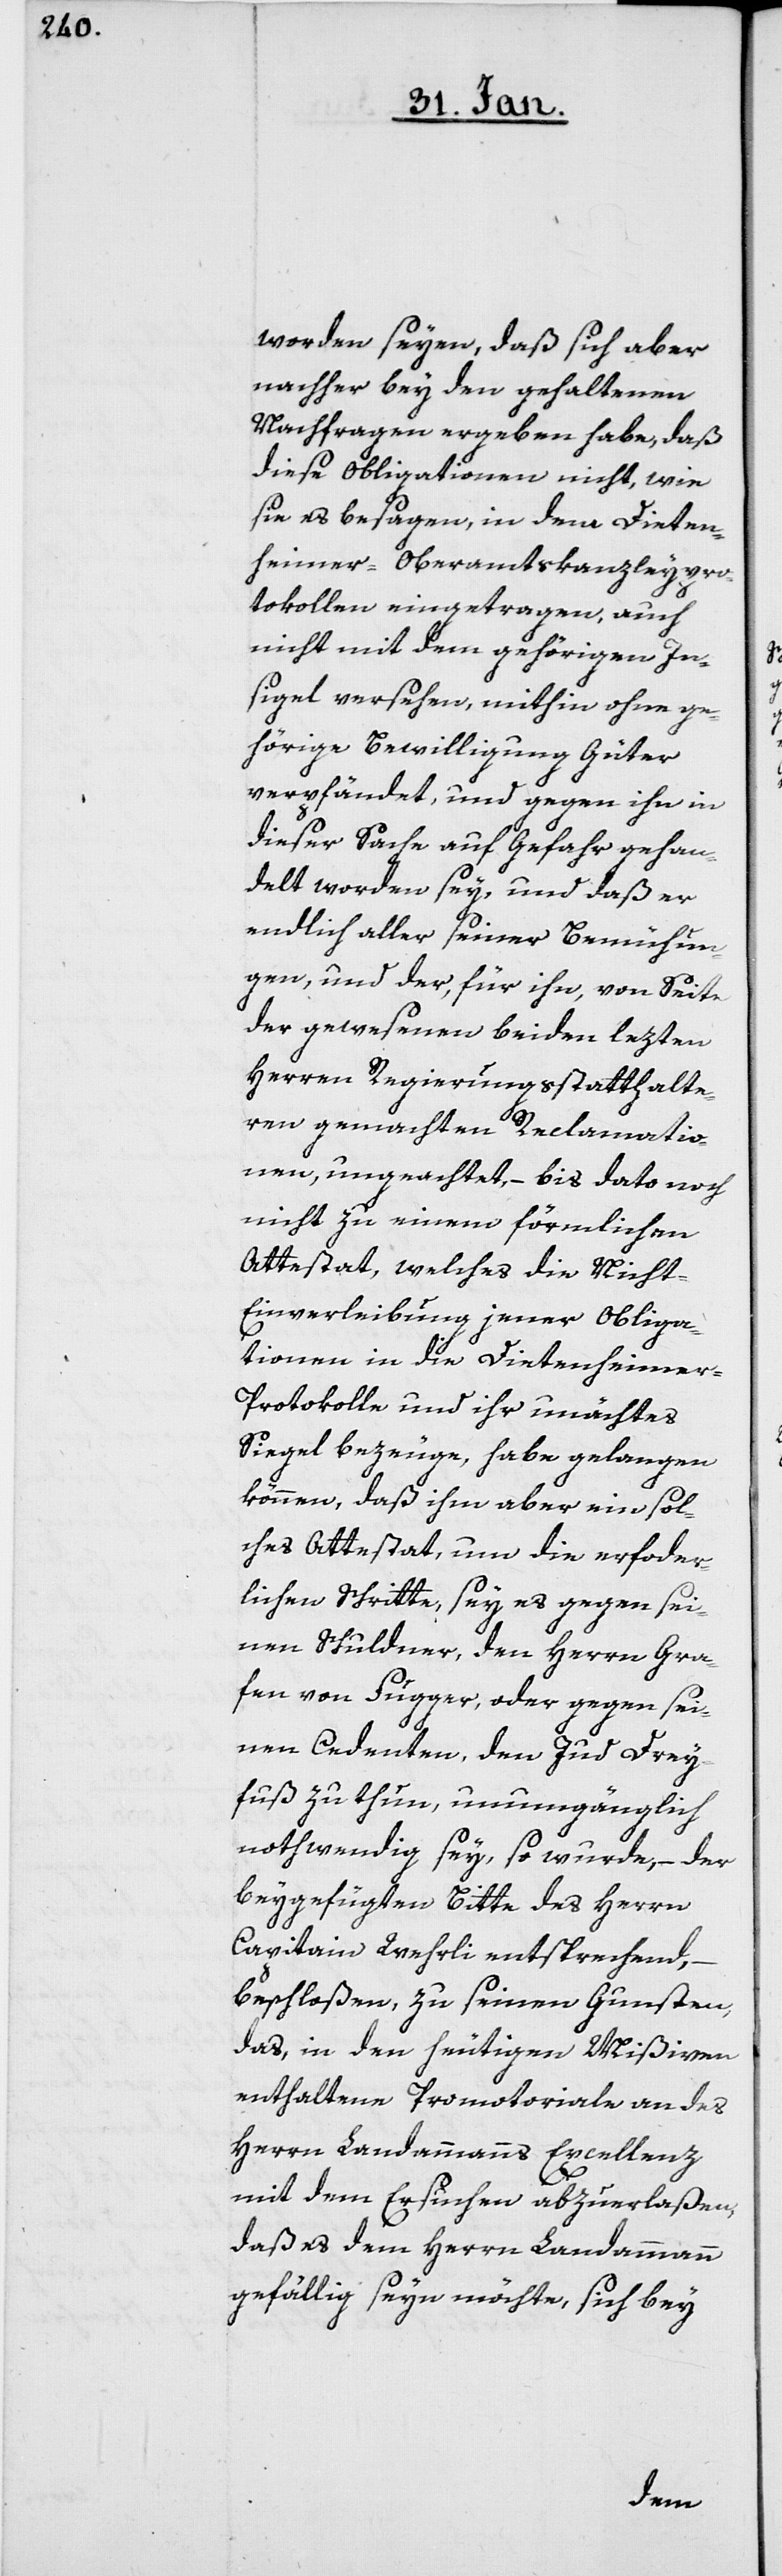
worden seyen, daß sich aber
nachher bey den gehaltenen
Nachfragen ergeben habe, daß
diese Obligationen nicht, wie
sie es besagen, in dem Dieten¬
heimer-Oberamtskanzleypro¬
tokollen eingetragen, auch
nicht mit dem gehörigen In¬
siegel versehen, mithin ohne ge¬
hörige Bewilligung Güter
verpfändet, und gegen ihn in
dieser Sache auf Gefahr gehan¬
delt worden sey, und daß er
endlich aller seiner Bemühun¬
gen, und der für ihn von Seite
der gewesenen beiden lezten
Herren Regierungsstatthalte¬
ren gemachten Reklamatio¬
nen, ungeachtet, – bis dato noch
nicht zu einem förmlichen
Attestat, welches die Nicht-E¬
inverleibung jener Obliga¬
tionen in die Dietenheime¬
r-Protokolle und ihr unächtes
Siegel bezeuge, habe gelangen
können, daß ihm aber ein sol¬
ches Attestat, um die erforder¬
lichen Schritte, sey es gegen sei¬
nen Schuldner, den Herrn Gra¬
fen von Fugger, oder gegen sei¬
nen Cedenten, den Jud Drey¬
fuß zu thun, unumgänglich
nothwendig sey, so wurde, – der
beygefügten Bitte des Herrn
Capitain Wehrli entsprechend,
beschloßen, zu seinen Gunsten
das, in den heutigen Mißiven
enthaltene Promotoriale an des
Herrn Landammanns Excellenz
mit dem Ersuchen abzuerlaßen,
daß es dem Herrn Landammann
gefällig seyn möchte, sich bey